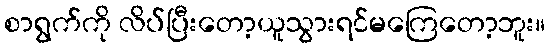
စာရွက်ကို လိပ်ပြီးတော့ယူသွားရင်မကြေတော့ဘူး။